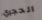
الحجري